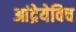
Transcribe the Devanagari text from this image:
आंद्रेयेविच